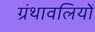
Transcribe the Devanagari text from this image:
ग्रंथावलियों